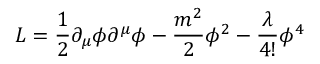
{ \cal L } = \frac { 1 } { 2 } \partial _ { \mu } \phi \partial ^ { \mu } \phi - \frac { m ^ { 2 } } { 2 } \phi ^ { 2 } - \frac { \lambda } { 4 ! } \phi ^ { 4 }